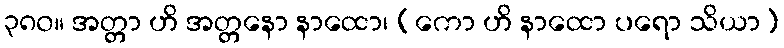
၃၈၀။ အတ္တာ ဟိ အတ္တနော နာထော၊ (ကော ဟိ နာထော ပရော သိယာ)